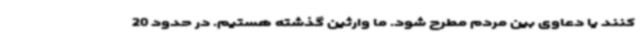
کنند یا دعاوی بین مردم مطرح شود. ما وارثین گذشته هستیم. در حدود 20